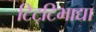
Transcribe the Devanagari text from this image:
टिट्‌टिभाद्या